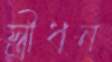
স্ত্রীধন